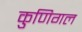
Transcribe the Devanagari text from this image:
कुणिगल